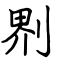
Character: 𠝹